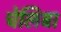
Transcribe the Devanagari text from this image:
चेलिबा